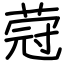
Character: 蒄